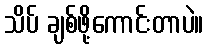
သိပ် ချစ်ဖို့ကောင်းတာပဲ။